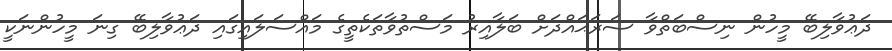
ދަޢުވާލިބޭ މީހުން ނިސްބަތްވާ ސަރަޙައްދަށް ބަލާއިރު މަސްތުވާތަކެތީގެ މައްސަލައިގައި ދަޢުވާލިބޭ ގިނަ މީހުންނަކީ